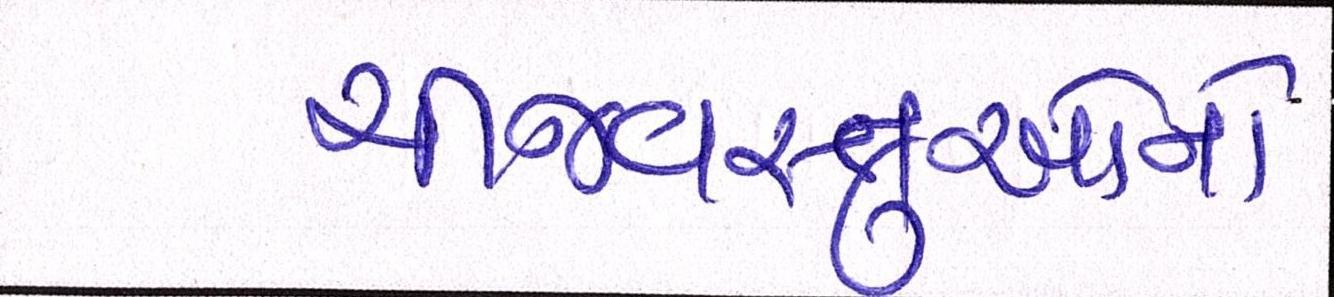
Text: ચીજવસ્તુઓને